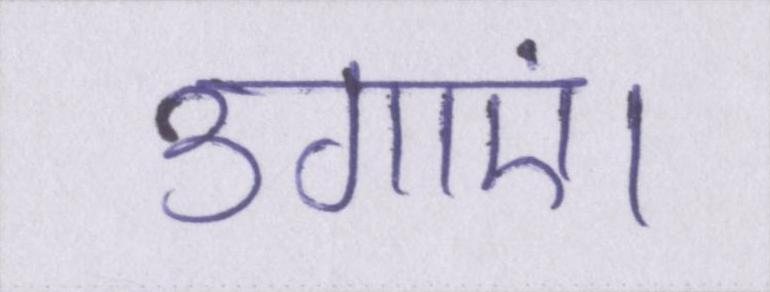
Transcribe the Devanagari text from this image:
उगाएं।